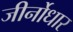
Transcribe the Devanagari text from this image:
जीर्नोधार